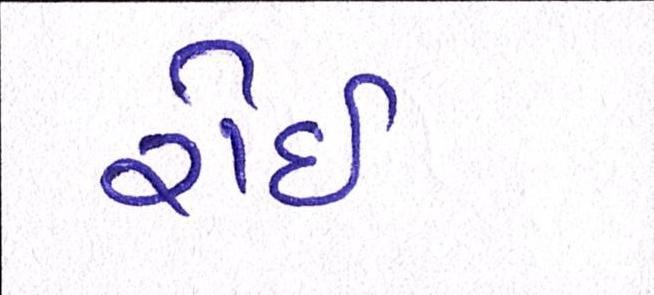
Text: રોઇ